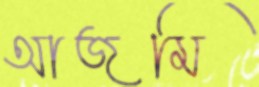
আজমি